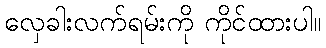
လှေခါးလက်ရမ်းကို ကိုင်ထားပါ။